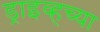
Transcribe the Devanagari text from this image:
ड्राइव्हच्या